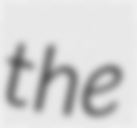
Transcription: the